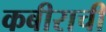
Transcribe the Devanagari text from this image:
कबीराची